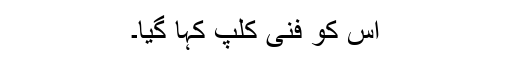
اس کو فنی کلپ کہا گیا۔